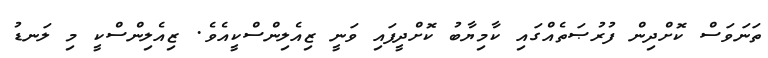
ތަނަވަސް ކޮށްދިން ފުރުޞަތެއްގައި ކާމިޔާބު ކޮށްދީފައި ވަނީ ޒިއެލިންސްކީއެވެ. ޒިއެލިންސްކީ މި ލަނޑު